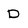
Character: D